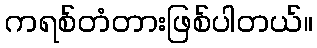
ကရစ်တံတားဖြစ်ပါတယ်။